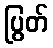
ပြွတ်